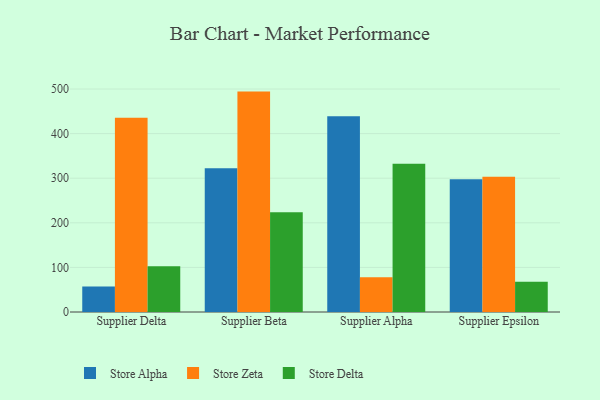
{"axis": {"x": "Supplier", "y": "LTV (USD)"}, "legend": ["Store Alpha", "Store Delta", "Store Zeta"], "data": [{"x": "Supplier Delta", "y": 56.9, "type": "Store Alpha"}, {"x": "Supplier Delta", "y": 435.7, "type": "Store Zeta"}, {"x": "Supplier Delta", "y": 102.7, "type": "Store Delta"}, {"x": "Supplier Beta", "y": 322.1, "type": "Store Alpha"}, {"x": "Supplier Beta", "y": 494.2, "type": "Store Zeta"}, {"x": "Supplier Beta", "y": 223.9, "type": "Store Delta"}, {"x": "Supplier Alpha", "y": 438.8, "type": "Store Alpha"}, {"x": "Supplier Alpha", "y": 77.8, "type": "Store Zeta"}, {"x": "Supplier Alpha", "y": 332.3, "type": "Store Delta"}, {"x": "Supplier Epsilon", "y": 297.4, "type": "Store Alpha"}, {"x": "Supplier Epsilon", "y": 303.0, "type": "Store Zeta"}, {"x": "Supplier Epsilon", "y": 67.9, "type": "Store Delta"}]}